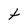
Character: t